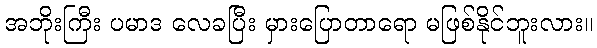
အဘိုးကြီး ပမာဒ လေခပြီး မှားပြောတာရော မဖြစ်နိုင်ဘူးလား။